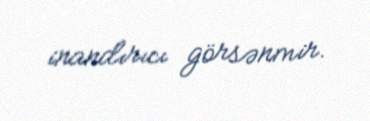
inandırıcı görsənmir.